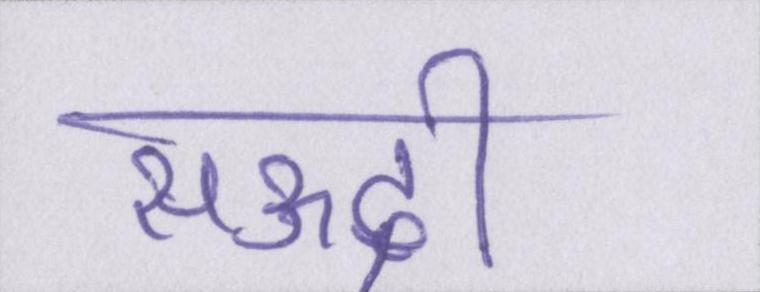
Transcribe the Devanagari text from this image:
सऊदी